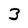
Character: 3